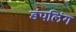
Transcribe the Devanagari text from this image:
डंपलिंग